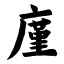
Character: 廑